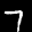
Label: 7